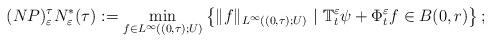
LaTeX: \begin{align*}(NP)^\tau_\varepsilon N_\varepsilon^*(\tau) := \displaystyle\min_{f\in L^{\infty}((0,\tau);U)} \left\lbrace \|f\|_{L^{\infty}((0,\tau);U)}\ |\ \mathbb{T}_t^\varepsilon \psi+\Phi_t^\varepsilon f\in B(0,r)\right\rbrace;\end{align*}